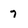
Character: 7